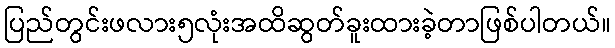
ပြည်တွင်းဖလား၅လုံးအထိဆွတ်ခူးထားခဲ့တာဖြစ်ပါတယ်။